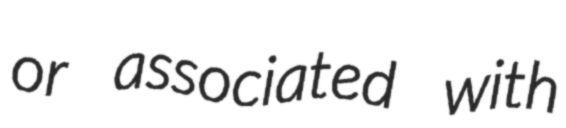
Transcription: or associated with